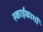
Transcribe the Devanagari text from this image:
स्काईकार्गो